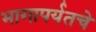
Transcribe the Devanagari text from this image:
भागापर्यतचे